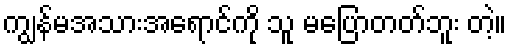
ကျွန်မအသားအရောင်ကို သူ မပြောတတ်ဘူး တဲ့။